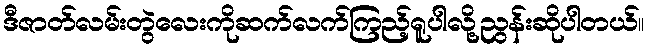
ဒီဇာတ်လမ်းတွဲလေးကိုဆက်လက်ကြည့်ရူပါလို့ညွန်းဆိုပါတယ်။